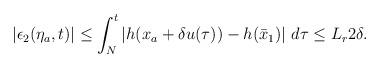
LaTeX: \begin{align*}\begin{aligned}|\epsilon_2(\eta_a,t)| \le \int_N^t \left|h(x_a+\delta u(\tau))-h(\bar{x}_1)\right| \,d\tau \le L_r 2\delta.\end{aligned}\end{align*}